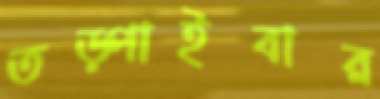
তড়্‌পাইবার